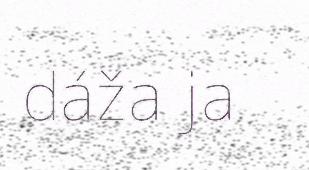
dáža ja